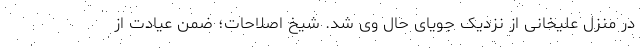
در منزل علیخانی از نزدیک جویای حال وی شد. شیخ اصلاحات؛ ضمن عیادت از